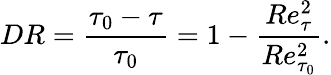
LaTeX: {DR}=\frac{\tau_{0}-\tau}{\tau_{0}}=1-\frac{Re_{\tau}^{2}}{Re_{\tau_{0}}^{2}}.